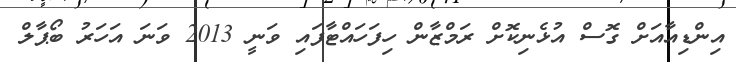
އިންޑިއާއަށް ގޮސް އުޅެނިކޮށް ރަމްޒާން ހިފަހައްޓާފައި ވަނީ 2013 ވަނަ އަހަރު ބޯޕާލް